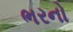
ભરનો